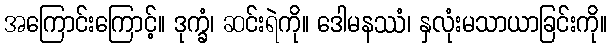
အကြောင်းကြောင့်။ ဒုက္ခံ၊ ဆင်းရဲကို။ ဒေါမနဿံ၊ နှလုံးမသာယာခြင်းကို။